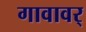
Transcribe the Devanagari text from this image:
गावावर्